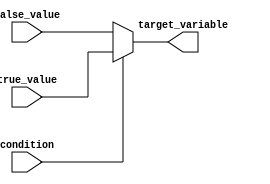
module conditional_assignment (
    input wire condition,      // Boolean condition input
    input wire [7:0] true_value,  // Value to assign if condition is true
    input wire [7:0] false_value, // Value to assign if condition is false
    output reg [7:0] target_variable // Target variable for assignment
);

    // Always block to perform the conditional assignment
    always @(*) begin
        target_variable = condition ? true_value : false_value; // Conditional assignment
    end

endmodule